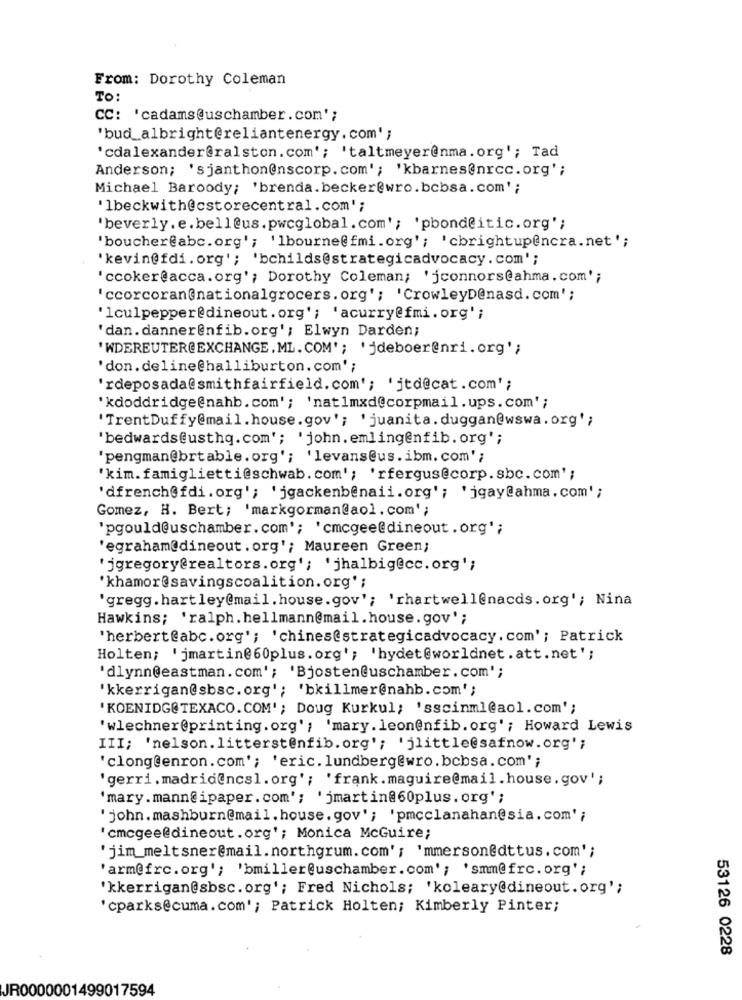
From: Dorothy Coleman
TO:
CC: 'cadams@uschamber.com';
'bud_albright@reliantenergy. com' ;
'cdalexander@ralston.com'; 'taltmeyer@nma. org'; Tad
Anderson; 'sjanthon@nscorp.com'; 'kbarnes@nrcc.org';
Michael Baroody; 'brenda.becker@wro.bcbsa.com' ;
'lbeckwith@cstorecentral.com';
'beverly. e. bell@us.pwcglobal.com'; 'pbond@itic.org';
'boucher@abc.org'; 'lbourne@fmi.org'; 'cbrightup@ncra.net';
'kevin@fdi. org'; 'bchilds@strategicadvocacy.com';
'ccoker@acca.org'; Dorothy Coleman; 'jconnors@ahma.com';
'ccorcoran@nationalgrocers. org'; 'CrowleyD@nasd.com';
'lculpepper@dineout. org'; 'acurry@fmi. org' ;
'dan.danner@nfib.org'; Elwyn Darden;
'WDEREUTER@EXCHANGE, ML. COM'; 'jdeboer@nri.org';
'don. deline@halliburton. com' ;
'rdeposada@smithfairfield.com'; 'jtd@cat.com';
'kdoddridge@nahb.com'; 'nat1mxd@corpmail.ups.com';
'TrentDuffy@mail.house. gov'; 'juanita. duggan@wswa. org';
'bedwards@usthq.com'; 'john. emlingenfib. org';
'pengman@brtable.org'; 'levans@us.ibm. com' ;
'kim.famiglietti@schwab.com'; 'rfergus@corp.sbc.com';
'dfrench@fdi. org'; 'jgackenb@naii.org'; 'jgay@ahma. com' ;
Gomez, H. Bert; 'markgorman@aol.com';
'pgould@uschamber.com'; 'cmcgee@dineout.org';
'egraham@dineout.org'; Maureen Green;
'jgregory@realtors.org'; 'jhalbig@cc.org';
'khamor@savingscoalition. org';
'gregg. hartley@mail. house.gov'; 'rhartwell@nacds. org'; Nina
Hawkins; 'ralph. hellmann@mail.house. gov';
'herbert@abc.org'; 'chines@strategicadvocacy.com'; Patrick
Holten; 'jmartin@60plus. org'; 'hydet@worldnet.att.net';
'dlynn@eastman.com'; 'Bjosten@uschamber.com';
'kkerrigan@sbsc. org'; 'bkillmer@nahb.com';
'KOENIDG@TEXACO.COM'; Doug Kurkul; 'sscinml@aol.com';
'wlechner@printing. org'; 'mary. leon@nfib. org' ; Howard Lewis
III; 'nelson. litterstenfib.org'; 'jlittle@safnow.org';
'clong@enron.com'; 'eric. lundberg@wro.bcbsa.com' ;
'gerri.madrid@ncsl.org'; 'frank.maguire@mail.house.gov';
'mary.mann@ipaper.com'; 'jmartin@60plus. org';
'john.mashburn@mail.house.gov'; 'pmcclanahan@sia.com';
'cmcgee@dineout.org'; Monica McGuire;
'jim_meltsner@mail.northgrum.com' ; 'mmerson@dttus.com';
'arm@frc. org'; 'bmiller@uschamber.com'; 'smm@frc.org';
'kkerrigan@sbsc. org'; Fred Nichols; 'koleary@dineout.org';
'cparks@cuma.com' ; Patrick Holten; Kimberly Pinter;
53126 0228
JR0000001499017594